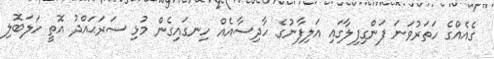
ގެއެއްގެ ހަތަރުވަނަ ފަންގިފިލާގައި އަލިފާނުގެ ހާދިސާއެއް ހިނގައިގެން މުޅި ސަރަޙައްދު އޮތީ ހަލަބޮލި